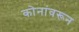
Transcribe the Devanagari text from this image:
कोनांवरून